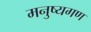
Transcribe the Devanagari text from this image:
मनुष्यगण